Annual vaccination report of Bihar and Orissa - 1911-1928
Year: 1911
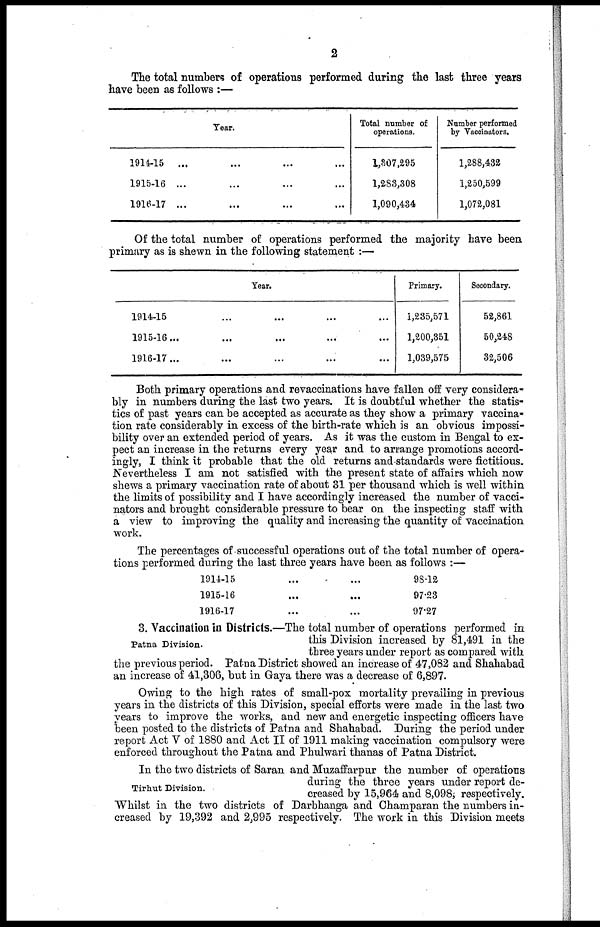
2
The total numbers of operations performed during the last three years
have been as follows :—
Year.
1914-15 ... ... ... ...
1915-16 ... ... ... ...
1916-17 ... ... ... ...
Total number of
operations.
1,307,295
1,283,308
1,090,434
Number performed
by Vaccinators.
1,288,432
1,250,599
1,072,081
Of the total number of operations performed the majority have been
primary as is shewn in the following statement :—
Year.
1914-15 ... ... ... ...
1915-16... ... ... ...
1916-17... ... ... ...
Primary.
1,235,571
1,200,351
1,039,575
Secondary.
52,861
50,248
32,506
Both primary operations and revaccinations have fallen off very considera-
bly in numbers during the last two years. It is doubtful whether the statis-
tics of past years can be accepted as accurate as they show a primary vaccina-
tion rate considerably in excess of the birth-rate which is an obvious impossi-
bility over an extended period of years. As it was the custom in Bengal to ex-
pect an increase in the returns every year and to arrange promotions accord-
ingly, I think it probable that the old returns and standards were fictitious.
Nevertheless I am not satisfied with the present state of affairs which now
shews a primary vaccination rate of about 31 per thousand which is well within
the limits of possibility and I have accordingly increased the number of vacci-
nators and brought considerable pressure to bear on the inspecting staff with
a view to improving the quality and increasing the quantity of vaccination
work.
The percentages of successful operations out of the total number of opera-
tions performed during the last three years have been as follows :—
1914-15 ... ...
1915-16 ... ...
1916-17 ... ...
98.12
97.23
97.27
Patna Division.
3. Vaccination in Districts.—The total number of operations performed in
this Division increased by 81,491 in the
three years under report as compared with
the previous period. Patna District showed an increase of 47,082 and Shahabad
an increase of 41,306, but in Gaya there was a decrease of 6,897.
Owing to the high rates of small-pox mortality prevailing in previous
years in the districts of this Division, special efforts were made in the last two
years to improve the works, and new and energetic inspecting officers have
been posted to the districts of Patna and Shahabad. During the period under
report Act V of 1880 and Act II of 1911 making vaccination compulsory were
enforced throughout the Patna and Phulwari thanas of Patna District.
Tirhut Division.
In the two districts of Saran and Muzaffarpur the number of operations
during the three years under report de-
creased by 15,964 and 8,098, respectively.
Whilst in the two districts of Darbhanga and Champaran the numbers in-
creased by 19,392 and 2,995 respectively. The work in this Division meets